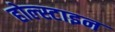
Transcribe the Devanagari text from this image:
होल्स्टाइन